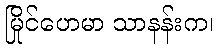
မြိုင်ဟေမာ သာနန်းက၊